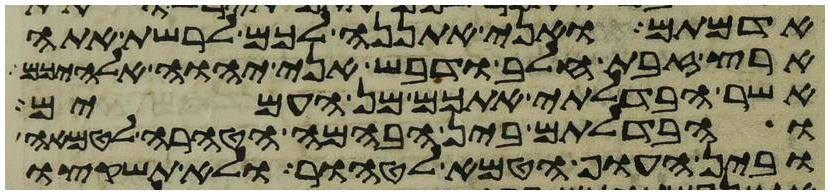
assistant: אדמתם ואני אתננה לכם לרשת אתה
ארץ זבת חלב ודבש אני יהוה אלהיכם
אשר הבדלתי אתכם מן העמים
והבדלתם בין הבהמה הטהרה לטמאה
ובין העוף הטמא לטהור ולא תשקצו